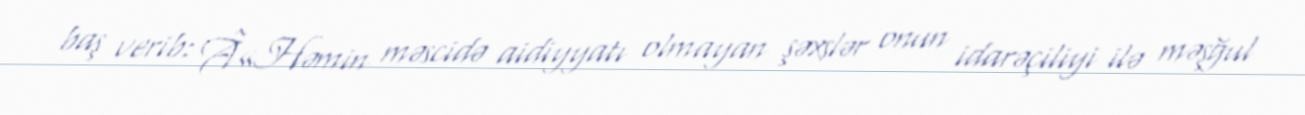
baş verib: Â«Həmin məscidə aidiyyatı olmayan şəxslər onun idarəçiliyi ilə məşğul